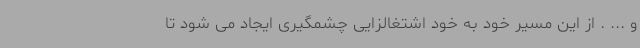
و ... . از این مسیر خود به خود اشتغالزایی چشمگیری ایجاد می شود تا